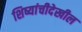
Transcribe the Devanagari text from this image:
शिष्यांचीदेखील